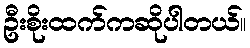
ဦးစိုးထက်ကဆိုပါတယ်။